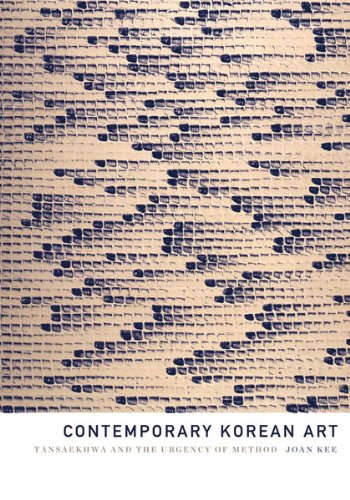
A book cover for Contemporary Korean Art: Tansaekhwa and the Urgency of Method; Joan Kee; History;